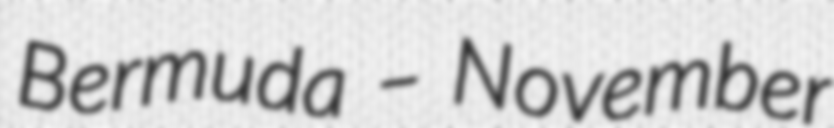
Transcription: Bermuda – November